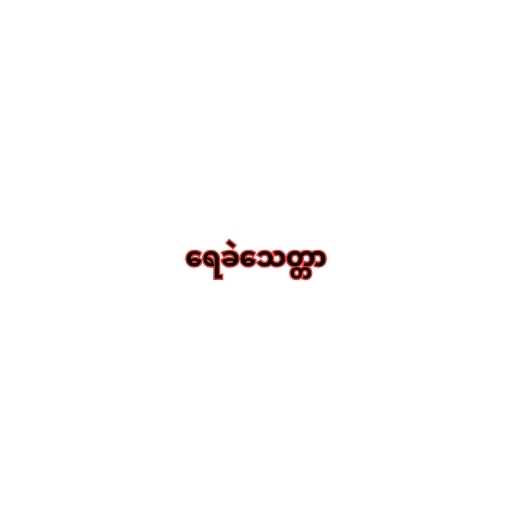
ရေခဲသေတ္တာ